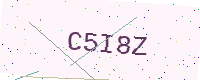
Text: C5I8Z